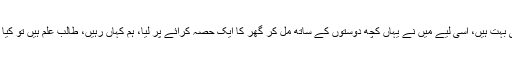
’دوسرا وہ علاقے مہنگے بھی بہت ہیں، اسی لیے میں نے یہاں کچھ دوستوں کے ساتھ مل کر گھر کا ایک حصہ کرائے پر لیا، ہم کہاں رہیں، طالب علم ہیں تو کیا ہمارے لیے کوئی چھت نہیں۔